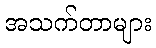
အသက်တာများ